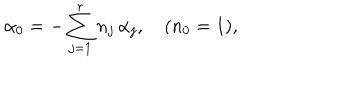
LaTeX: \alpha _ { 0 } = - \sum _ { j = 1 } ^ { r } n _ { j } \, \alpha _ { j } , \quad ( n _ { 0 } = 1 ) ,